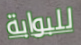
للبوابة